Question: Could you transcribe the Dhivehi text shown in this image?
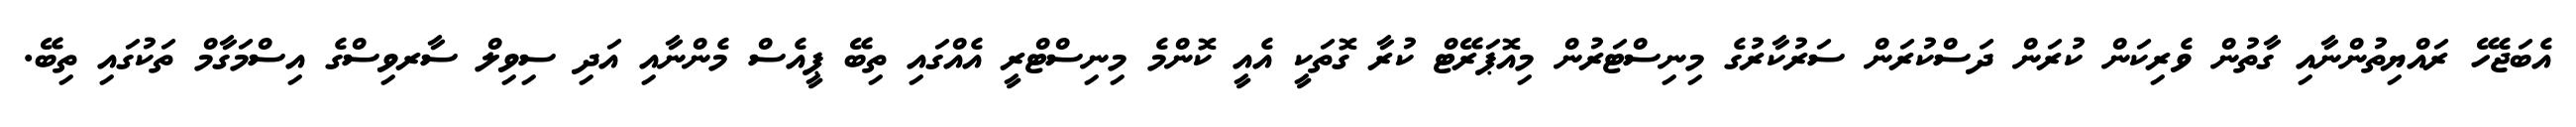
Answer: އެބަޖެހޭ ރައްޔިތުންނާއި ގާތުން ވެރިކަން ކުރަން ދަސްކުރަން ސަރުކާރުގެ މިނިސްޓަރުން މިއޮޕަރޭޓް ކުރާ ގޮތަކީ އެއީ ކޮންމެ މިނިސްޓްރީ އެއްގައި ތިބޭ ޕީއެސް މެންނާއި އަދި ސިވިލް ސާރވިސްގެ އިސްމަގާމް ތަކުގައި ތިބޭ.